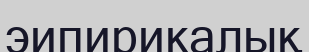
эипирикалық